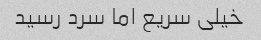
خیلی سریع اما سرد رسید